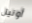
أونيل